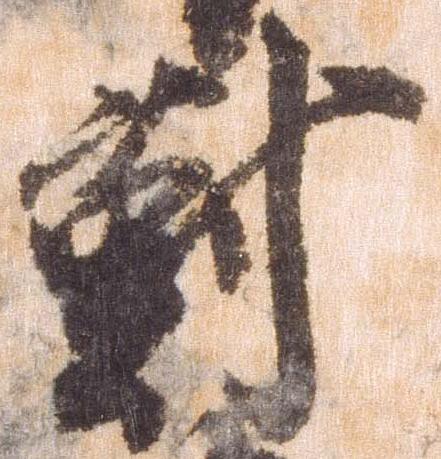
対